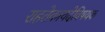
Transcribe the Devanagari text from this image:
राहतेकायदेविषयक